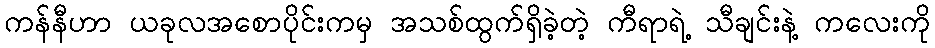
ကန်နီဟာ ယခုလအစောပိုင်းကမှ အသစ်ထွက်ရှိခဲ့တဲ့ ကီရာရဲ့ သီချင်းနဲ့ ကလေးကို